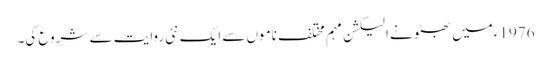
1976ءمیں بھٹو نے الیکشن مہم مختلف ناموں سے ایک نئی روایت سے شروع کی۔